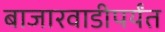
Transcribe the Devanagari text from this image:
बाजारवाडीपर्यंत